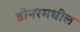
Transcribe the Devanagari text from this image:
डोनरमधील